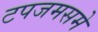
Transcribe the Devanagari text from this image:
टपजमसमे